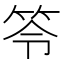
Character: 笭